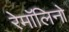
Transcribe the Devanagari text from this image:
रेमॉलिनो